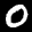
Label: 0